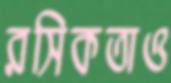
রসিকতাও